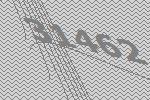
31462